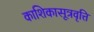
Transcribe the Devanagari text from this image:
काशिकासूत्रवृत्ति